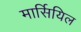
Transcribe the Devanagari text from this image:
मार्सियिल